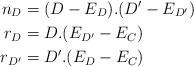
LaTeX: \begin{align*}n_D &= (D-E_D).(D'-E_{D'}) \\r_D &= D.(E_{D'}-E_C) \\r_{D'} &= D'.(E_{D}-E_C)\end{align*}